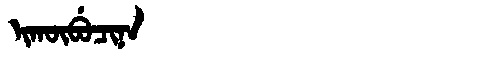
Manchu: ᡳᡴᡡᠪᡠᠴᡳᠨᠠ
Romanization: IKŪBUCINA